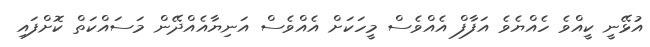
އުޅޭނީ ކީއްވެ ހެއްޔެވެ އަފާފް އެއްވެސް މީހަކަށް އެއްވެސް އަނިޔާއެއްދޭން މަސައްކަތް ކޮށްފައި